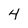
Character: 4